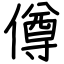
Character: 僔